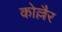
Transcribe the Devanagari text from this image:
कोल्लैर